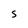
Character: s